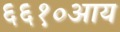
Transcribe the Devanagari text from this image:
६६१०आय